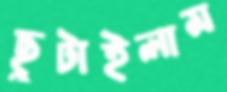
ছুটাইলাম